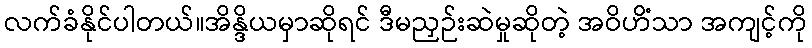
လက်ခံနိုင်ပါတယ်။အိန္ဒိယမှာဆိုရင် ဒီမညှဉ်းဆဲမှုဆိုတဲ့ အဝိဟိံသာ အကျင့်ကို